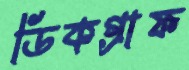
ডিকগ্রাফ